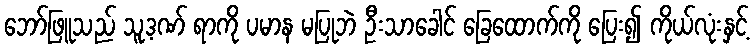
ဘော်ဖြူသည် သူ့ဒဏ် ရာကို ပမာန မပြုဘဲ ဦးသာခေါင် ခြေထောက်ကို ပြေး၍ ကိုယ်လုံးနှင့်